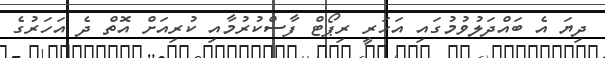
ދިޔަ އެ ބައްދަލުވުމުގައި އަހަރީ ރިޕޯޓް ފާސްކުރުމާއި ކުރިއަށް އޮތް ދެ އަހަރުގެ